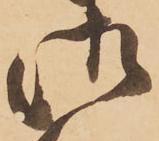
御